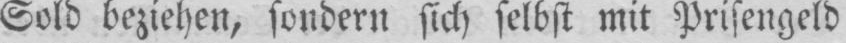
Sold beziehen, sondern sich selbst mit Prisengeld